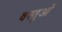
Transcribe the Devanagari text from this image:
वस्तुओें